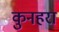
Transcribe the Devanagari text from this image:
कुनहरा